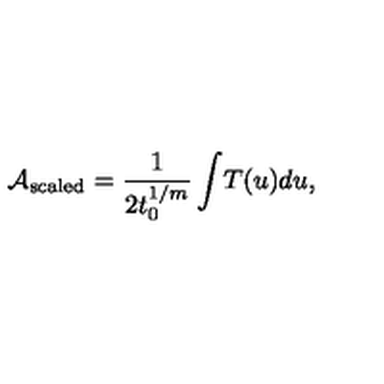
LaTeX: { \cal A } _ { \mathrm { s c a l e d } } = { \frac { 1 } { 2 t _ { 0 } ^ { 1 / m } } } \int \! T ( u ) d u ,